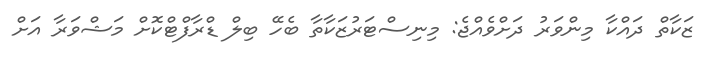
ޒަކާތް ދައްކާ މިންވަރު ދަށްވެއްޖެ: މިނިސްޓަރުޒަކާތާ ބެހޭ ބިލް ޑްރާފްޓްކޮށް މަޝްވަރާ އަށް